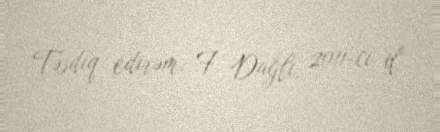
Təsdiq edirəm: F. Dağlı, 2011-ci il